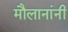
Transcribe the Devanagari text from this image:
मौलानांनी